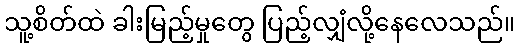
သူ့စိတ်ထဲ ခါးမြည့်မှုတွေ ပြည့်လျှံလို့နေလေသည်။